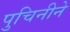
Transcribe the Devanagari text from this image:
पुचिनीने